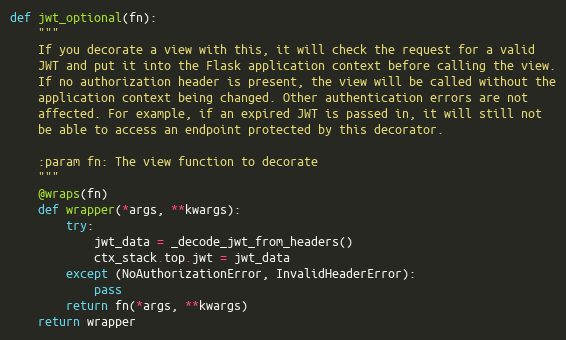
Language: Python
def jwt_optional(fn):
    """
    If you decorate a view with this, it will check the request for a valid
    JWT and put it into the Flask application context before calling the view.
    If no authorization header is present, the view will be called without the
    application context being changed. Other authentication errors are not
    affected. For example, if an expired JWT is passed in, it will still not
    be able to access an endpoint protected by this decorator.

    :param fn: The view function to decorate
    """
    @wraps(fn)
    def wrapper(*args, **kwargs):
        try:
            jwt_data = _decode_jwt_from_headers()
            ctx_stack.top.jwt = jwt_data
        except (NoAuthorizationError, InvalidHeaderError):
            pass
        return fn(*args, **kwargs)
    return wrapper